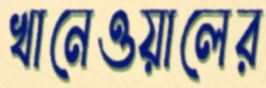
খানেওয়ালের